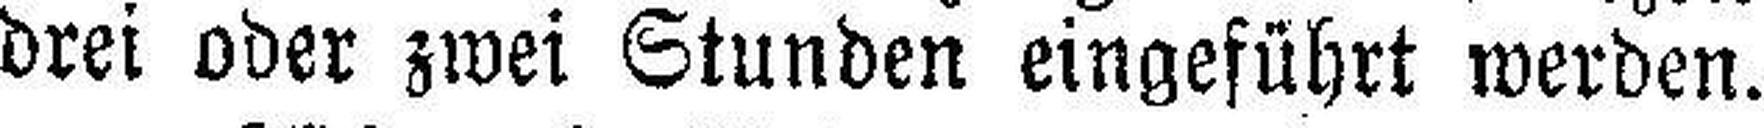
drei oder zwei Stunden eingeführt werden.